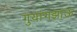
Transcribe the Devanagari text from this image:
गुयांगझाऊ